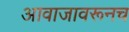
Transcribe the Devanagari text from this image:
आवाजावरूनच